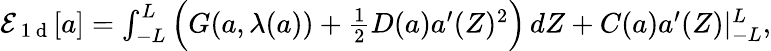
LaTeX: \begin{array}{r}{\mathcal{E}_{\mathrm{~1~d~}}[{a}]=\int_{-L}^{L}\Big(G({a},\lambda({a}))+\frac{1}{2}D({a}){a}^{\prime}(Z)^{2}\Big)\, dZ+C({a}){a}^{\prime}(Z)|_{-L}^{L},}\end{array}